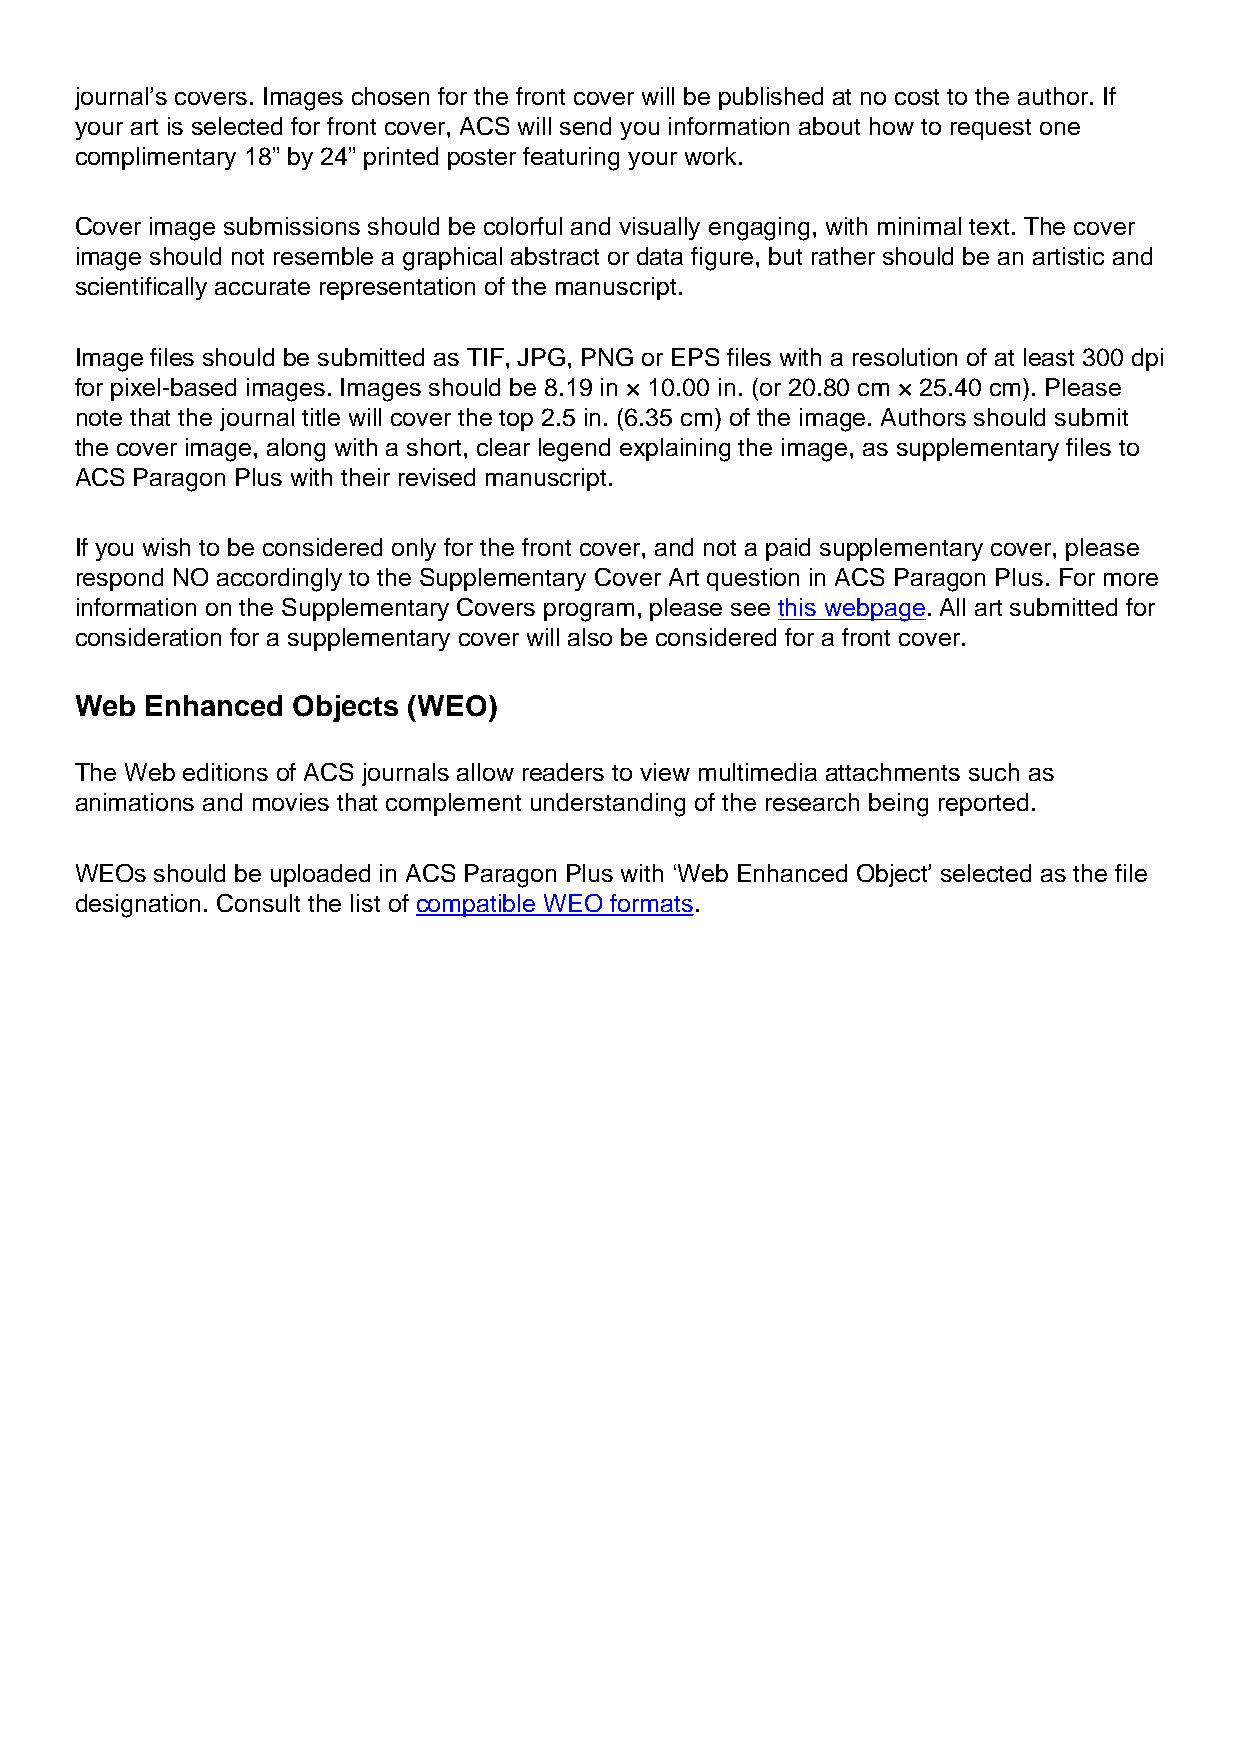
journal’s covers. Images chosen for the front cover will be published at no cost to the author. If
 your art is selected for front cover, ACS will send you information about how to request one
 complimentary 18” by 24” printed poster featuring your work.
 Cover image submissions should be colorful and visually engaging, with minimal text. The cover
 image should not resemble a graphical abstract or data figure, but rather should be an artistic and
 scientifically accurate representation of the manuscript.
 Image files should be submitted as TIF, JPG, PNG or EPS files with a resolution of at least 300 dpi
 for pixel-based images. Images should be 8.19 in × 10.00 in. (or 20.80 cm × 25.40 cm). Please
 note that the journal title will cover the top 2.5 in. (6.35 cm) of the image. Authors should submit
 the cover image, along with a short, clear legend explaining the image, as supplementary files to
 ACS Paragon Plus with their revised manuscript.
 If you wish to be considered only for the front cover, and not a paid supplementary cover, please
 respond NO accordingly to the Supplementary Cover Art question in ACS Paragon Plus. For more
 information on the Supplementary Covers program, please see this webpage. All art submitted for
 consideration for a supplementary cover will also be considered for a front cover.
 Web  Enhanced Objects (WEO)
 The Web editions of ACS journals allow readers to view multimedia attachments such as
 animations and movies that complement understanding of the research being reported.
 WEOs should be uploaded in ACS Paragon Plus with ‘Web Enhanced Object’ selected as the file
 designation. Consult the list of compatible WEO formats.